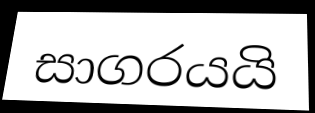
සාගරයයි